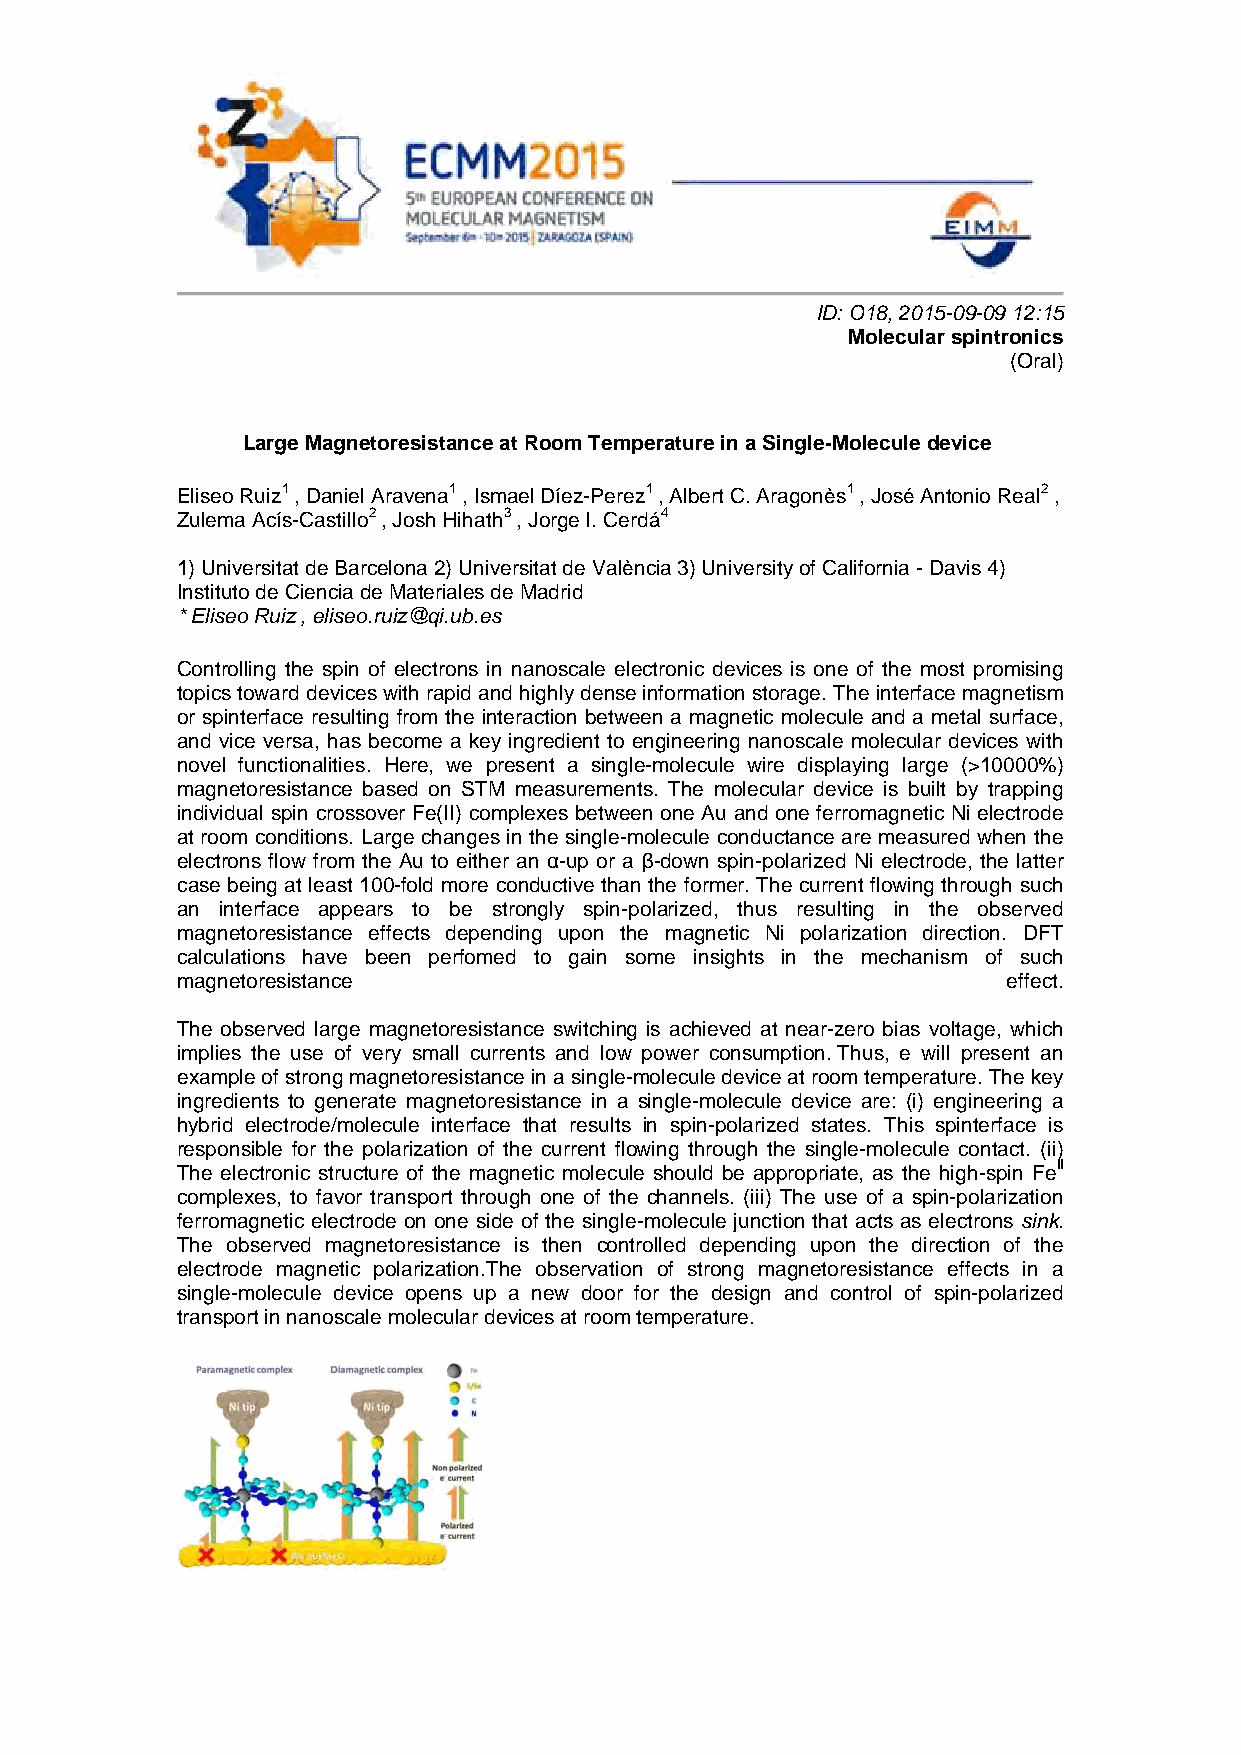
ID: O18, 2015-09-09 12:15
 Molecular spintronics
 (Oral)
 Large Magnetoresistance at Room Temperature in a Single-Molecule device
 Eliseo Ruiz1 , Daniel Aravena1 , Ismael Díez-Perez1 , Albert C. Aragonès1 , José Antonio Real2 ,
 Zulema Acís-Castillo2 , Josh Hihath3 , Jorge I. Cerdá4
 1) Universitat de Barcelona 2) Universitat de València 3) University of California - Davis 4)
 Instituto de Ciencia de Materiales de Madrid
 * Eliseo Ruiz , eliseo.ruiz@qi.ub.es
 Controlling the spin of electrons in nanoscale electronic devices is one of the most promising
 topics toward devices with rapid and highly dense information storage. The interface magnetism
 or spinterface resulting from the interaction between a magnetic molecule and a metal surface,
 and vice versa, has become a key ingredient to engineering nanoscale molecular devices with
 novel functionalities. Here, we present a single-molecule wire displaying large (>10000%)
 magnetoresistance based on STM measurements. The molecular device is built by trapping
 individual spin crossover Fe(II) complexes between one Au and one ferromagnetic Ni electrode
 at room conditions. Large changes in the single-molecule conductance are measured when the
 electrons flow from the Au to either an α-up or a β-down spin-polarized Ni electrode, the latter
 case being at least 100-fold more conductive than the former. The current flowing through such
 an interface appears to be strongly spin-polarized, thus resulting in the observed
 magnetoresistance effects depending upon the magnetic Ni polarization direction. DFT
 calculations have been perfomed to gain some insights in the mechanism of such
 magnetoresistance                                      effect.
 The observed large magnetoresistance switching is achieved at near-zero bias voltage, which
 implies the use of very small currents and low power consumption. Thus, e will present an
 example of strong magnetoresistance in a single-molecule device at room temperature. The key
 ingredients to generate magnetoresistance in a single-molecule device are: (i) engineering a
 hybrid electrode/molecule interface that results in spin-polarized states. This spinterface is
 responsible for the polarization of the current flowing through the single-molecule contact. (ii)
 The electronic structure of the magnetic molecule should be appropriate, as the high-spin FeII
 complexes, to favor transport through one of the channels. (iii) The use of a spin-polarization
 ferromagnetic electrode on one side of the single-molecule junction that acts as electrons sink.
 The observed magnetoresistance is then controlled depending upon the direction of the
 electrode magnetic polarization.The observation of strong magnetoresistance effects in a
 single-molecule device opens up a new door for the design and control of spin-polarized
 transport in nanoscale molecular devices at room temperature.